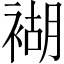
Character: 𧛞